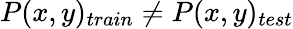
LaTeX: P(x,y)_{train}\neq P(x,y)_{test}